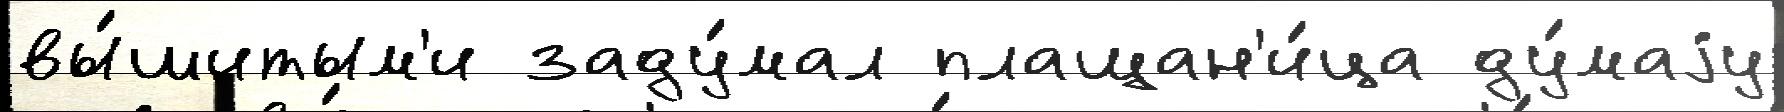
вы́шитым'и заду́мал плащан'и́ца ду́маjу